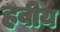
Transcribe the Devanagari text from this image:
हवीय